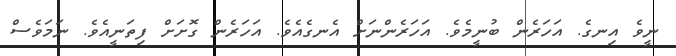
ނީވެ އިނގެ. އަހަރެން ބުނީމެވެ. އަހަރެންނަށް އެނގެއެވެ. އަހަރެން ގޮށަށް ފިތަނީއެވެ. ނަމަވެސް